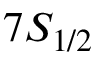
7 S _ { 1 / 2 }